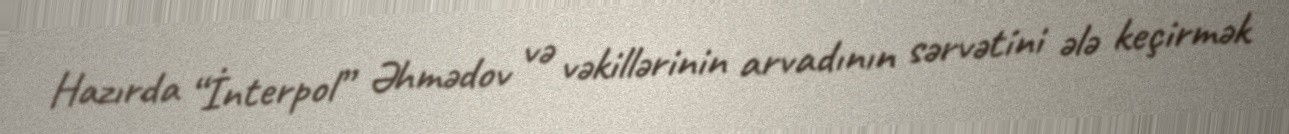
Hazırda “İnterpol” Əhmədov və vəkillərinin arvadının sərvətini ələ keçirmək